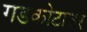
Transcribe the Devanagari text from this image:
गडकोटावर